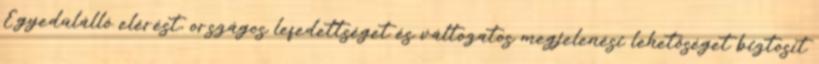
Egyedülálló elérést, országos lefedettséget és változatos megjelenési lehetőséget biztosít